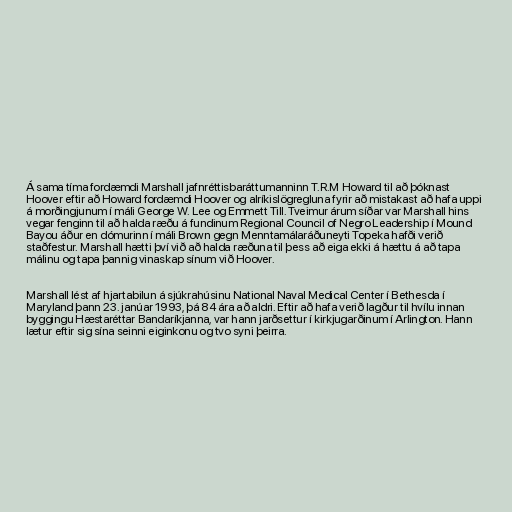
Á sama tíma fordæmdi Marshall jafnréttisbaráttumanninn T.R.M Howard til að þóknast
Hoover eftir að Howard fordæmdi Hoover og alríkislögregluna fyrir að mistakast að hafa uppi
á morðingjunum í máli George W. Lee og Emmett Till. Tveimur árum síðar var Marshall hins
vegar fenginn til að halda ræðu á fundinum Regional Council of Negro Leadership í Mound
Bayou áður en dómurinn í máli Brown gegn Menntamálaráðuneyti Topeka hafði verið
staðfestur. Marshall hætti því við að halda ræðuna til þess að eiga ekki á hættu á að tapa
málinu og tapa þannig vinaskap sínum við Hoover.

Marshall lést af hjartabilun á sjúkrahúsinu National Naval Medical Center í Bethesda í
Maryland þann 23. janúar 1993, þá 84 ára að aldri. Eftir að hafa verið lagður til hvílu innan
byggingu Hæstaréttar Bandaríkjanna, var hann jarðsettur í kirkjugarðinum í Arlington. Hann
lætur eftir sig sína seinni eiginkonu og tvo syni þeirra.